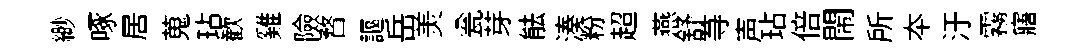
緲啄居蒐玷歓雞險瞀謳岳羙瓮芽䏻湊粉超燕舒䒭声玷倍閙所夲汙霧寤